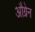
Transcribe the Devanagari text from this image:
औग्रेन